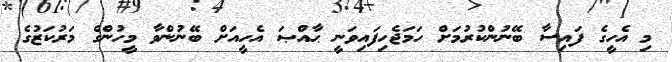
މި އެހީގެ ފައިސާ ބޭނުންކުރުމަށް ހަމަޖެހިފައިވަނީ ޙާއްޞަ އެހީއަށް ބޭނުންވާ މީހުންގެ މަރުކަޒުގެ